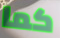
كما